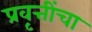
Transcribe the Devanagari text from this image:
प्रवृत्तींचा